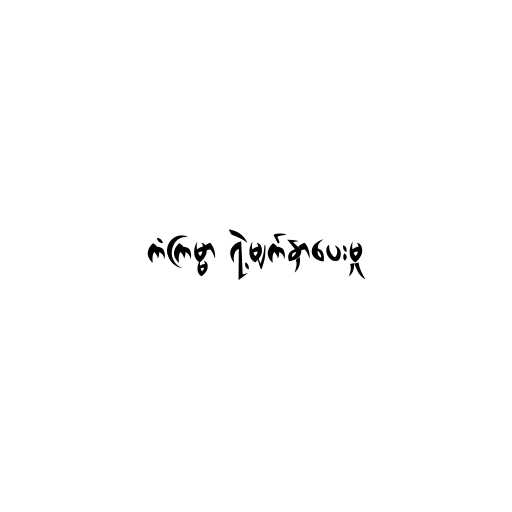
ကံကြမ္မာ ရဲ့မျက်နှာပေးမှု